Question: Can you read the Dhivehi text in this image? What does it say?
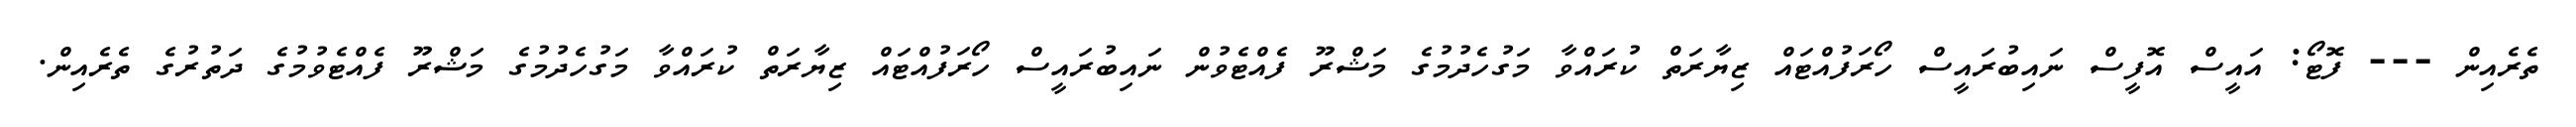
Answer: ތެރެއިން --- ފޮޓޯ: އައީސް އޮފީސް ނައިބުރައީސް ހޯރަފުއްޓައް ޒިޔާރަތް ކުރައްވާ މަގުހެދުމުގެ މަޝްރޫ ފެއްޓެވުން ނައިބުރައީސް ހޯރަފުއްޓައް ޒިޔާރަތް ކުރައްވާ މަގުހެދުމުގެ މަޝްރޫ ފެއްޓެވުމުގެ ދަތުރުގެ ތެރެއިން.